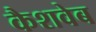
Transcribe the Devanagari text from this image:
कैशवेब